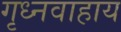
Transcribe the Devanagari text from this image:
गृध्नवाहाय